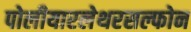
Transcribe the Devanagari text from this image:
पोलीयारलेथरसल्फोन